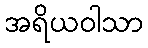
အရိယဝါသာ